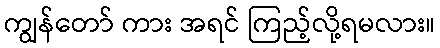
ကျွန်တော် ကား အရင် ကြည့်လို့ရမလား။